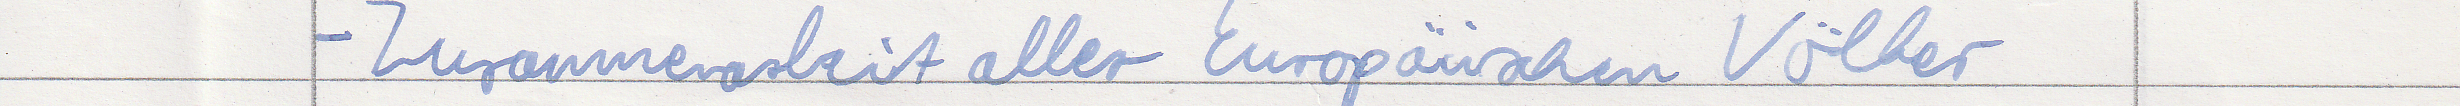
- Zusammenarbeit aller Europäischen Völker